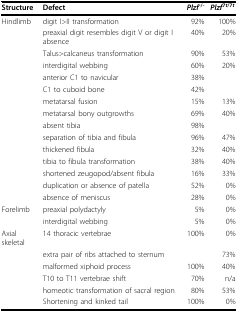
| Structure | Defect | Plzf-/- | Plzf7t/7t |
 | --- | --- | --- | --- |
 | Hindlimb | digit I>II transformation | 92% | 100% |
 |  | preaxial digit resembles digit V or digit I absence | 40% | 20% |
 |  | Talus>calcaneus transformation | 90% | 53% |
 |  | interdigital webbing | 60% | 20% |
 |  | anterior C1 to navicular | 38% |  |
 |  | C1 to cuboid bone | 42% |  |
 |  | metatarsal fusion | 15% | 13% |
 |  | metatarsal bony outgrowths | 69% | 40% |
 |  | absent tibia | 98% |  |
 |  | separation of tibia and fibula | 96% | 47% |
 |  | thickened fibula | 32% | 40% |
 |  | tibia to fibula transformation | 38% | 40% |
 |  | shortened zeugopod/absent fibula | 16% | 33% |
 |  | duplication or absence of patella | 52% | 0% |
 |  | absence of meniscus | 28% | 0% |
 | Forelimb | preaxial polydactyly | 5% | 0% |
 |  | interdigital webbing | 5% | 0% |
 | Axial skeletal | 14 thoracic vertebrae | 100% | 0% |
 |  | extra pair of ribs attached to sternum |  | 73% |
 |  | malformed xiphoid process | 100% | 40% |
 |  | T10 to T11 vertebrae shift | 70% | n/a |
 |  | homeotic transformation of sacral region | 80% | 53% |
 |  | Shortening and kinked tail | 100% | 0% |